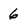
Character: 6